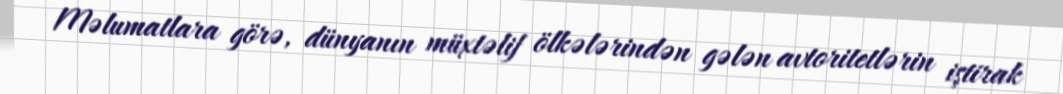
Məlumatlara görə, dünyanın müxtəlif ölkələrindən gələn avtoritetlərin iştirak